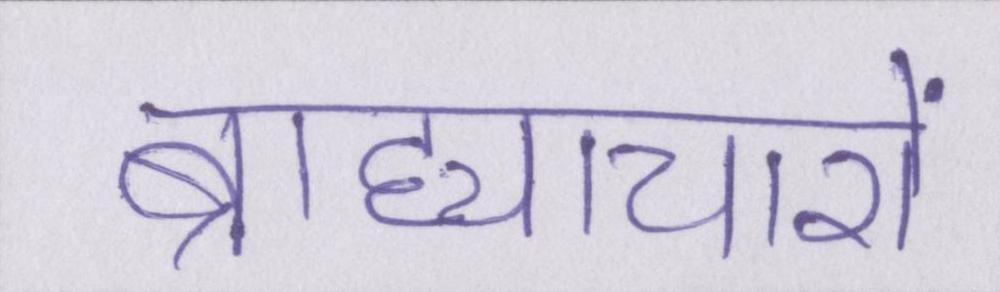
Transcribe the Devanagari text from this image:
ब्राह्याचारों